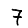
Digit: 7